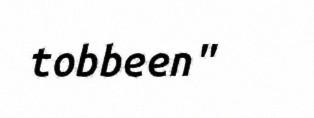
tobbeen"